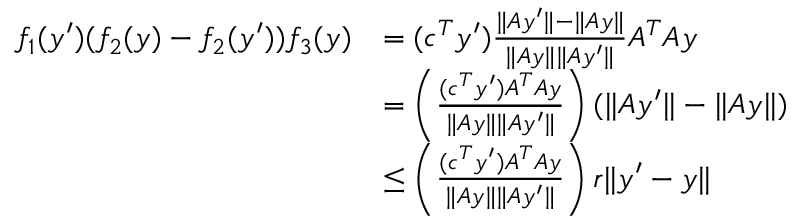
\begin{array} { r l } { f _ { 1 } ( y ^ { \prime } ) ( f _ { 2 } ( y ) - f _ { 2 } ( y ^ { \prime } ) ) f _ { 3 } ( y ) } & { = ( c ^ { T } y ^ { \prime } ) \frac { \| A y ^ { \prime } \| - \| A y \| } { \| A y \| \| A y ^ { \prime } \| } A ^ { T } A y } \\ & { = \left( \frac { ( c ^ { T } y ^ { \prime } ) A ^ { T } A y } { \| A y \| \| A y ^ { \prime } \| } \right) ( \| A y ^ { \prime } \| - \| A y \| ) } \\ & { \leq \left( \frac { ( c ^ { T } y ^ { \prime } ) A ^ { T } A y } { \| A y \| \| A y ^ { \prime } \| } \right) r \| y ^ { \prime } - y \| } \end{array}